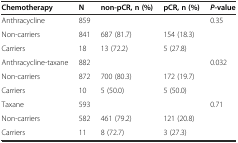
<table><thead><tr><td><b>Chemotherapy</b></td><td><b>N</b></td><td><b>non-pCR, n (%)</b></td><td><b>pCR, n (%)</b></td><td><b><i>P-</i>value</b></td></tr></thead><tbody><tr><td>Anthracycline</td><td>859</td><td></td><td></td><td>0.35</td></tr><tr><td>Non-carriers</td><td>841</td><td>687 (81.7)</td><td>154 (18.3)</td><td></td></tr><tr><td>Carriers</td><td>18</td><td>13 (72.2)</td><td>5 (27.8)</td><td></td></tr><tr><td>Anthracycline-taxane</td><td>882</td><td></td><td></td><td>0.032</td></tr><tr><td>Non-carriers</td><td>872</td><td>700 (80.3)</td><td>172 (19.7)</td><td></td></tr><tr><td>Carriers</td><td>10</td><td>5 (50.0)</td><td>5 (50.0)</td><td></td></tr><tr><td>Taxane</td><td>593</td><td></td><td></td><td>0.71</td></tr><tr><td>Non-carriers</td><td>582</td><td>461 (79.2)</td><td>121 (20.8)</td><td></td></tr><tr><td>Carriers</td><td>11</td><td>8 (72.7)</td><td>3 (27.3)</td><td></td></tr></tbody></table>